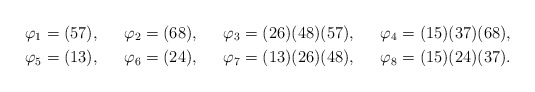
\begin{align*}&\varphi_{1}=(57), && \varphi_{2}=(68), &&\varphi_{3}=(26)(48)(57), &&\varphi_{4}=(15)(37)(68),\\&\varphi_{5}=(13), &&\varphi_{6}=(24), &&\varphi_{7}=(13)(26)(48), &&\varphi_{8}=(15)(24)(37).\end{align*}